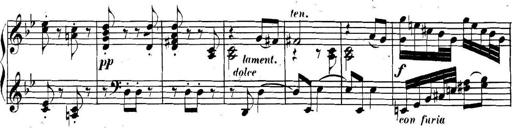
Title: Collected Piano Sonatas
Composer: Muzio Clementi